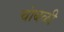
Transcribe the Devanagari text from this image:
चांबळी